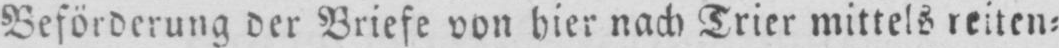
Beförderung der Briefe von hier nach Trier mittels reiten⸗